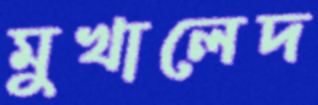
মুখালেদ